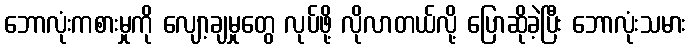
ဘောလုံးကစားမှုကို လျော့ချမှုတွေ လုပ်ဖို့ လိုလာတယ်လို့ ပြောဆိုခဲ့ပြီး ဘောလုံးသမား